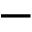
-